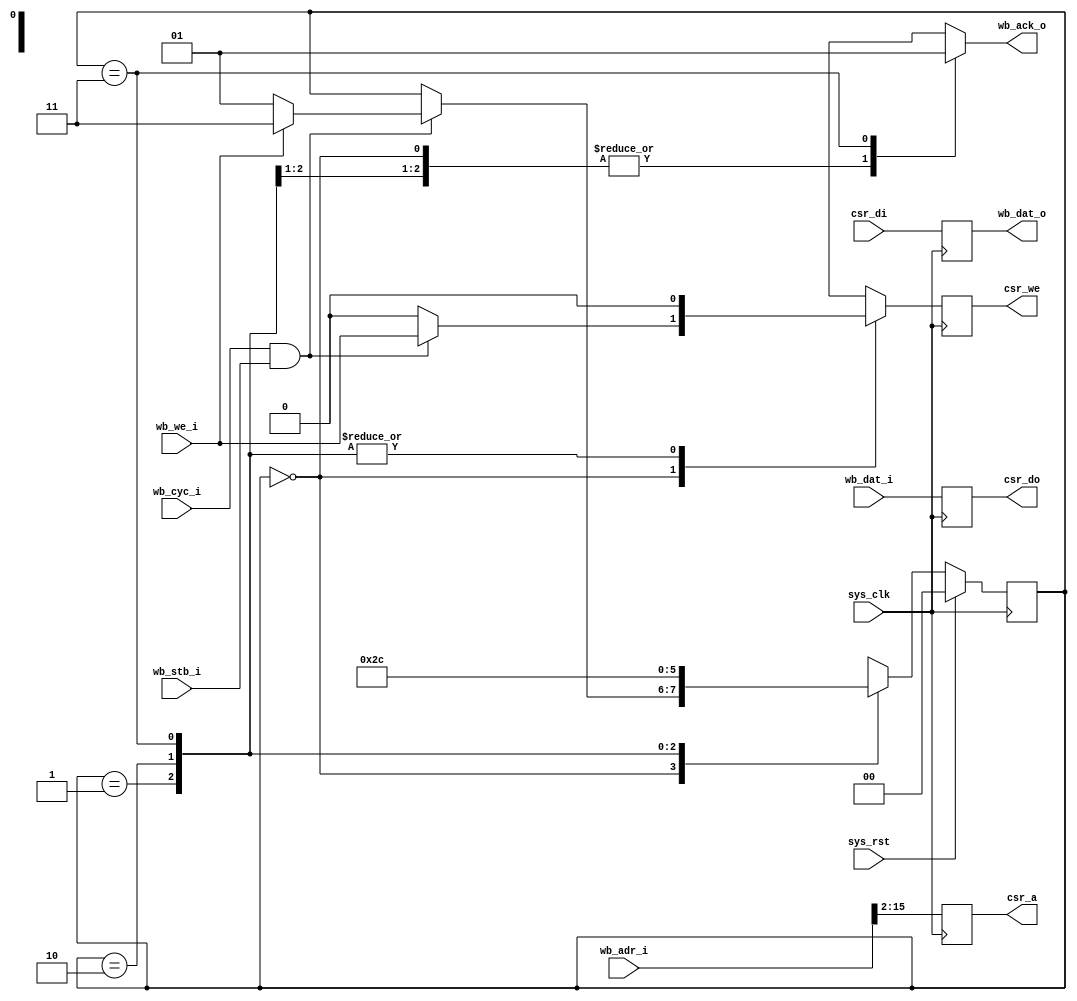
module csrbrg_2(
	input sys_clk,
	input sys_rst,
	input [31:0] wb_adr_i,
	input [31:0] wb_dat_i,
	output reg [31:0] wb_dat_o,
	input wb_cyc_i,
	input wb_stb_i,
	input wb_we_i,
	output reg wb_ack_o,
	output reg [13:0] csr_a,
	output reg csr_we,
	output reg [31:0] csr_do,
	input [31:0] csr_di
);
always @(posedge sys_clk) begin
	wb_dat_o <= csr_di;
end
reg next_csr_we;
always @(posedge sys_clk) begin
	csr_a <= wb_adr_i[15:2];
	csr_we <= next_csr_we;
	csr_do <= wb_dat_i;
end
reg [1:0] state;
reg [1:0] next_state;
parameter IDLE		= 2'd0;
parameter DELAYACK1	= 2'd1;
parameter DELAYACK2	= 2'd2;
parameter ACK		= 2'd3;
always @(posedge sys_clk) begin
	if(sys_rst)
		state <= IDLE;
	else
		state <= next_state;
end
always @(*) begin
	next_state = state;
	wb_ack_o = 1'b0;
	next_csr_we = 1'b0;
	case(state)
		IDLE: begin
			if(wb_cyc_i & wb_stb_i) begin
				next_csr_we = wb_we_i;
				if(wb_we_i)
					next_state = ACK;
				else
					next_state = DELAYACK1;
			end
		end
		DELAYACK1: next_state = DELAYACK2;
		DELAYACK2: next_state = ACK;
		ACK: begin
			wb_ack_o = 1'b1;
			next_state = IDLE;
		end
	endcase
end
endmodule